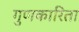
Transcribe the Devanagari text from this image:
गुणकारिता